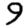
Digit: 9